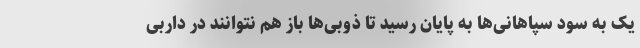
یک به سود سپاهانی‌ها به پایان رسید تا ذوبی‌ها باز هم نتوانند در داربی